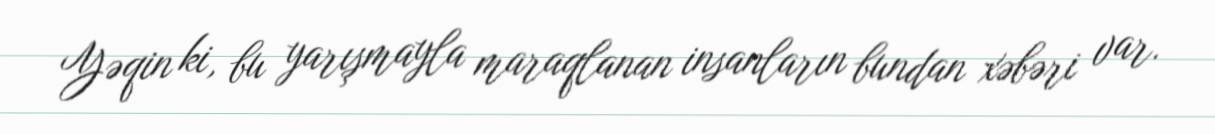
Yəqin ki, bu yarışmayla maraqlanan insanların bundan xəbəri var.